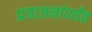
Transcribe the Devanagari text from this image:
प्रजाजनांपर्यंत